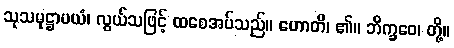
သုသမုဋ္ဌာပယံ၊ လွယ်သဖြင့် ထစေအပ်သည်။ ဟောတိ၊ ၏။ ဘိက္ခဝေ၊ တို့။